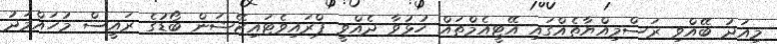
މިއަދު ބޭއްވި ރަސްމިއްޔާތެއްގައި އޭޓީއެމްތައް ހުޅުވާ ދެއްވީ ޕްރައިވެޓައިޒޭޝަން ބޯޑުގެ ރައީސް މުހައްމަދު